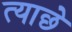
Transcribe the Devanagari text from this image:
त्याछे